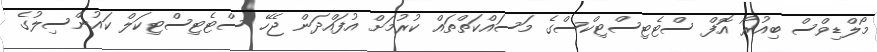
މޯލްޑިވްސް ބިއުރޯ އޮފް ސްޓެޓިސްޓިކްސްގެ މަސައްކަތްތައް ކުރުމަށް އުފައްދަން ޖެހޭ ސްޓެޓިސްޓިކަލް ކައުންސިލުގެ